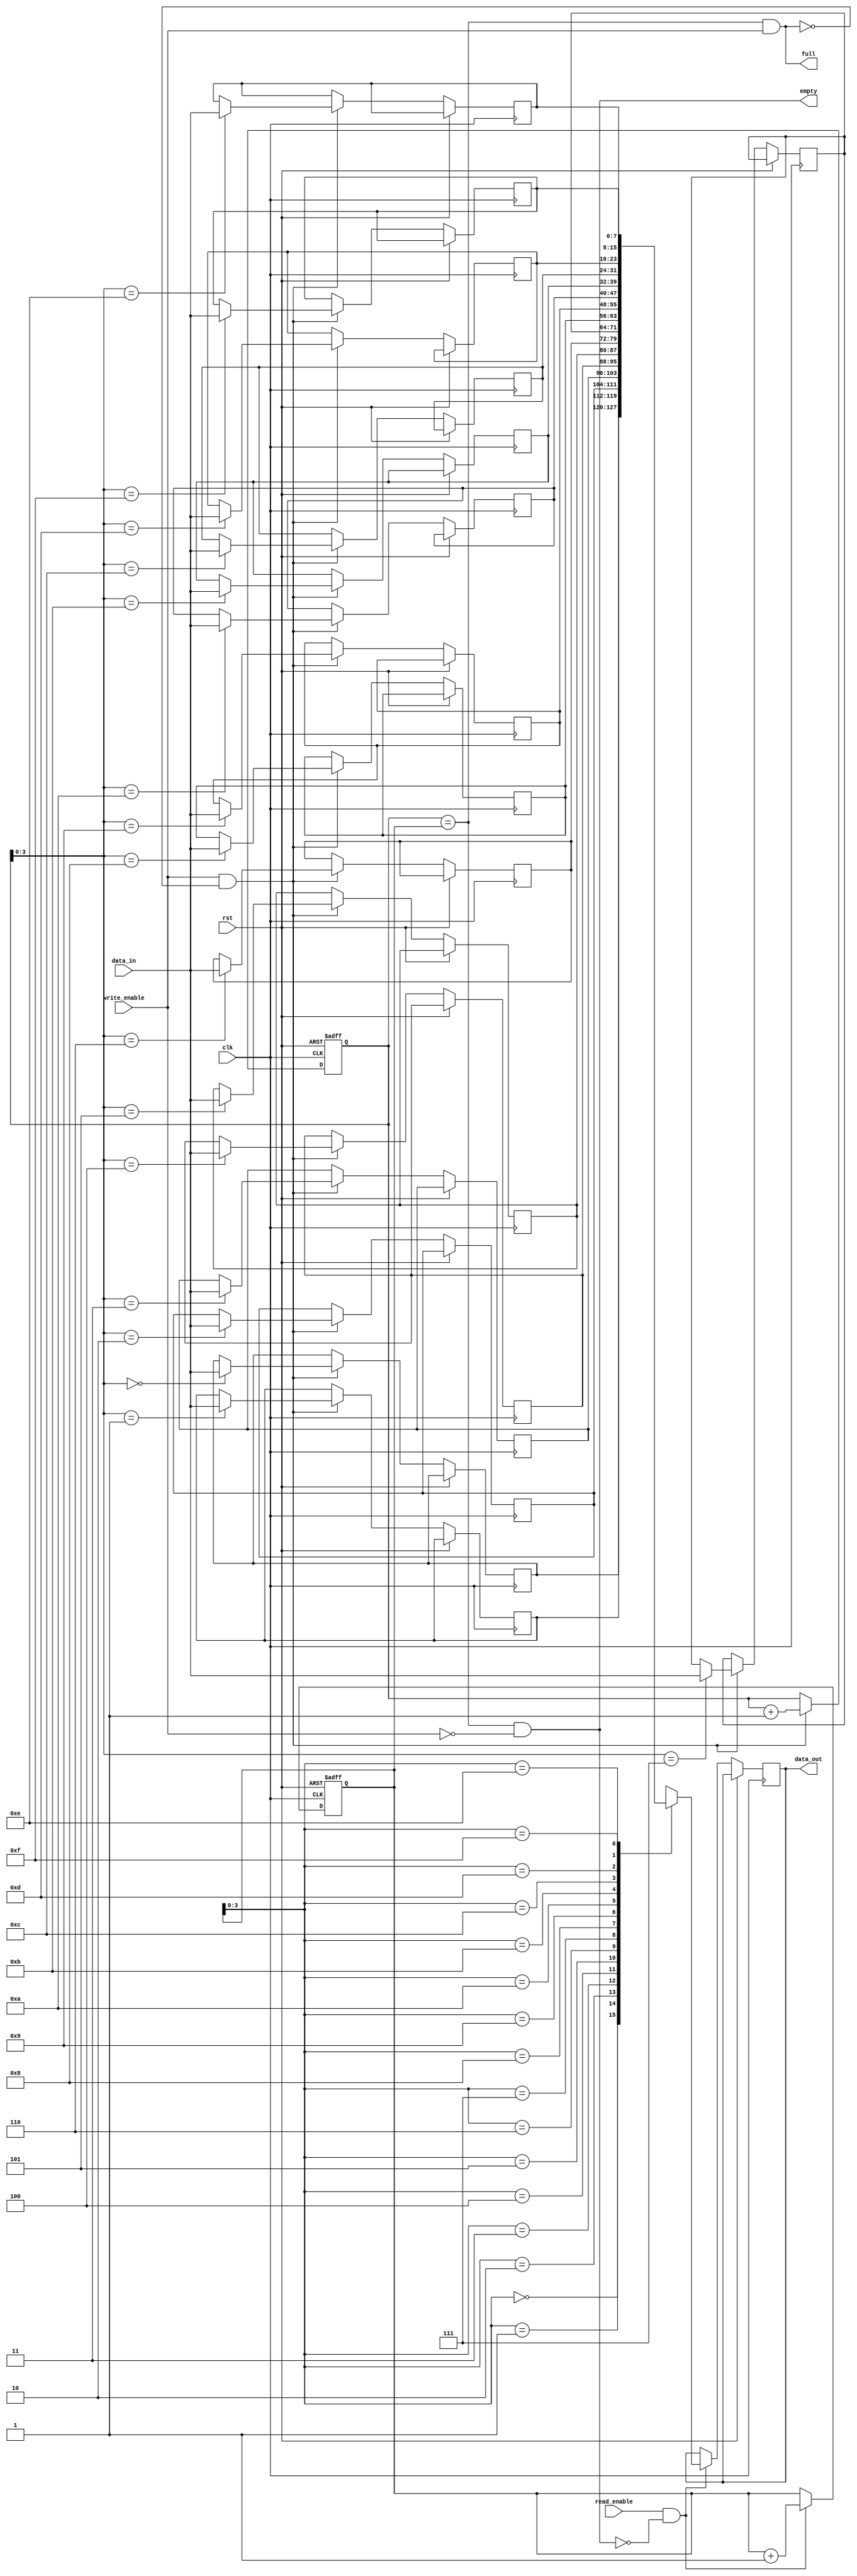
module fifo(
    input wire clk,
    input wire rst,
    input wire write_enable,
    input wire read_enable,
    input wire [DATA_WIDTH-1:0] data_in,
    output wire [DATA_WIDTH-1:0] data_out,
    output wire full,
    output wire empty
);

parameter DATA_WIDTH = 8;
parameter FIFO_SIZE = 16;

reg [DATA_WIDTH-1:0] fifo_mem [0:FIFO_SIZE-1];
reg [DATA_WIDTH-1:0] data_out_reg;
reg [4:0] wr_ptr;
reg [4:0] rd_ptr;

assign data_out = data_out_reg;
assign full = (wr_ptr == rd_ptr) && write_enable;
assign empty = (wr_ptr == rd_ptr) && !write_enable;

always @(posedge clk or posedge rst) begin
    if (rst) begin
        wr_ptr <= 0;
        rd_ptr <= 0;
    end else begin
        if (write_enable && !full) begin
            fifo_mem[wr_ptr] <= data_in;
            wr_ptr <= wr_ptr + 1;
        end
        if (read_enable && !empty) begin
            data_out_reg <= fifo_mem[rd_ptr];
            rd_ptr <= rd_ptr + 1;
        end
    end
end

endmodule